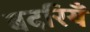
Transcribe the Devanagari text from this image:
बदरियँ